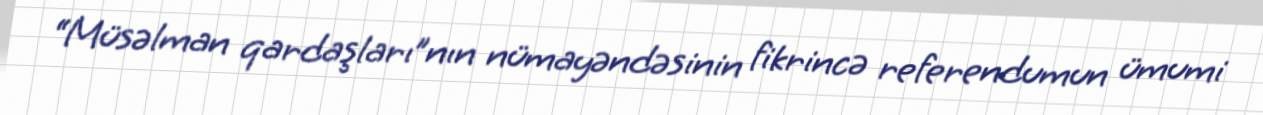
“Müsəlman qardaşları”nın nümayəndəsinin fikrincə referendumun ümumi